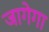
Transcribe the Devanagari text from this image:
जागेगा